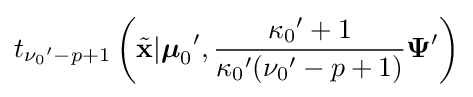
t_{{\nu _{0}}'-p+1}\left({\tilde {\mathbf {x} }}|{{\boldsymbol {\mu }}_{0}}',{\frac {{\kappa _{0}}'+1}{{\kappa _{0}}'({\nu _{0}}'-p+1)}}{\boldsymbol {\Psi }}'\right)